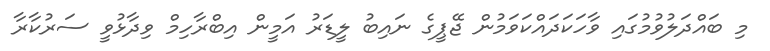
މި ބައްދަލުވުމުގައި ވާހަކަދައްކަވަމުން ޖޭޕީގެ ނައިބު ލީޑަރު އަމީން އިބްރާހިމް ވިދާޅުވީ ސަރުކާރާ